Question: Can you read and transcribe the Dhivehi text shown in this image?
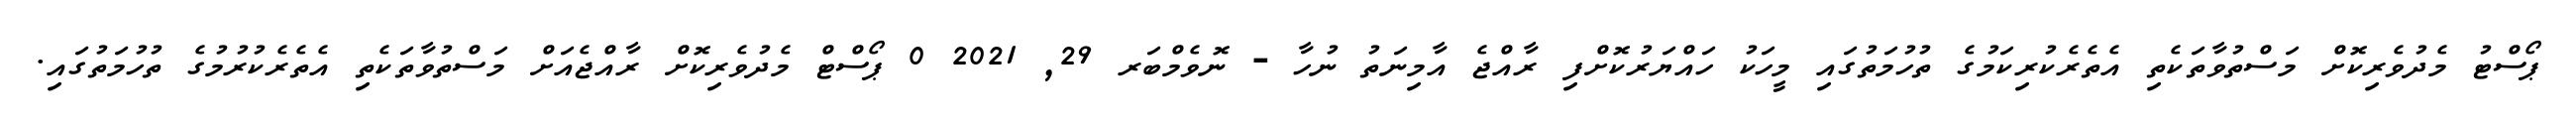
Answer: ޕޯސްޓު މެދުވެރިކޮށް މަސްތުވާތަކެތި އެތެރެކުރިކަމުގެ ތުހުމަތުގައި މީހަކު ހައްޔަރުކޮށްފި ރާއްޖެ އާމިނަތު ނުހާ - ނޮވެމްބަރ 29, 2021 0 ޕޯސްޓް މެދުވެރިކޮށް ރާއްޖެއަށް މަސްތުވާތަކެތި އެތެރެކުރުމުގެ ތުހުމަތުގައި.